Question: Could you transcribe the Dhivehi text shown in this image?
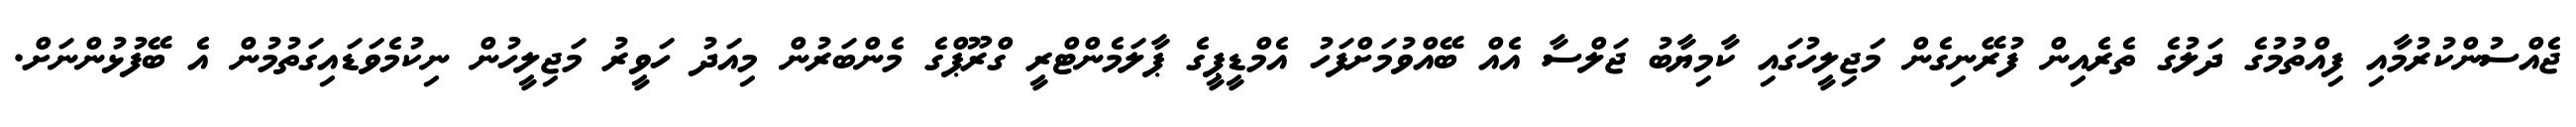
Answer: ޖެއްސުންކުރުމާއި ފިއްތުމުގެ ދަލުގެ ތެރެއިން ފުރޭނިގެން މަޖިލީހުގައި ކާމިޔާބު ޖަލްސާ އެއް ބޭއްވުމަށްފަހު އެމްޑީޕީގެ ޕާލަމެންޓްރީ ގްރޫޕްގެ މެންބަރުން މިއަދު ހަވީރު މަޖިލީހުން ނިކުމެވަޑައިގަތުމުން އެ ބޭފުޅުންނަށް.